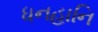
ધનહાનિ